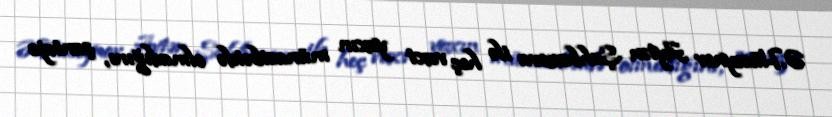
Ə.Hüseynov Aytən Şahbazova ilə heç vaxt yaxın münasibətdə olmadığını, şantaja